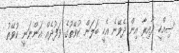
ސިއްހީ ދާއިރާ އިން ދެވޭނެ އެހީ ބަލަން ކުވޭތުގެ ވަފުދެއް އަންނަނީ ކުވޭތު